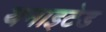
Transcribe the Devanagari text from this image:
यनाइटेड